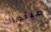
مبتغاك